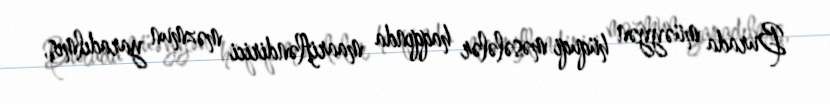
Burada müəyyən hüquqi məsələlər haqqında maarifləndirici məzmun yaradılmış,